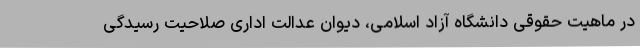
در ماهیت حقوقی دانشگاه آزاد اسلامی، دیوان عدالت اداری صلاحیت رسیدگی